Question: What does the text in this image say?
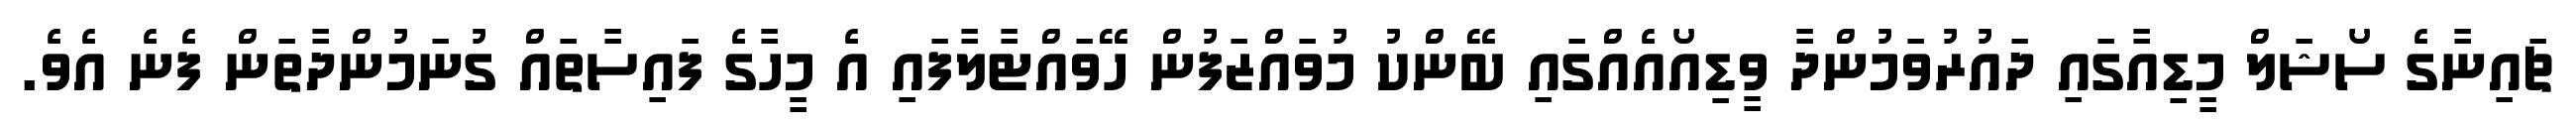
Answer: ޗައިނާގެ ސޯޝަލް މީޑިއާގައި ދައުރުވަމުންދާ ވީޑިއޯއެއްގައި ބޭންކު މުވައްޒަފުން ހޭވައްޓާލާފައި އެ މީހާގެ ފައިސާތައް ގުނަމުންދާތަން ފެނެ އެވެ.